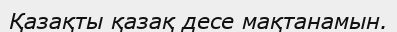
Қазақты қазақ десе мақтанамын.